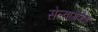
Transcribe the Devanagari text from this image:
सेल्वागणेश